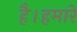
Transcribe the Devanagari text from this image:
है।हमारे